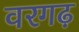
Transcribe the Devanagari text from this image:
वरगढ़